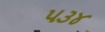
૫૩૪